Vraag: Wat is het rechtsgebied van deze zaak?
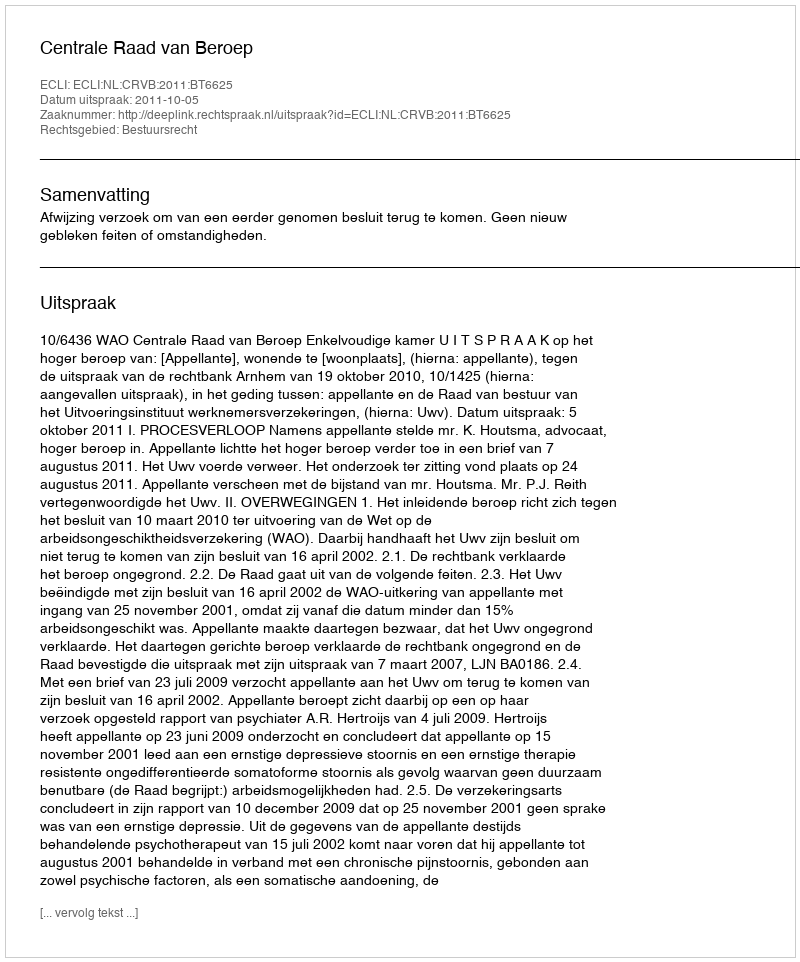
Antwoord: Bestuursrecht